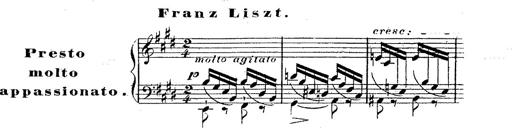
Title: 12 Lieder von Franz Schubert
Composer: Franz Liszt